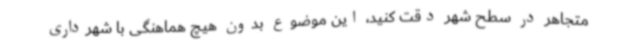
متجاهر در سطح شهر دقت کنید، این موضوع بدون هیچ هماهنگی با شهرداری